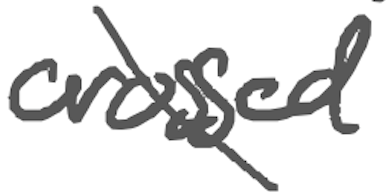
Text: crossed
Cross-out: diagonal
Writing tool: digital_gray